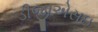
ડીજીએસઇ